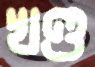
খণ্ড